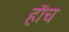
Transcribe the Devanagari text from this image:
हाॅच